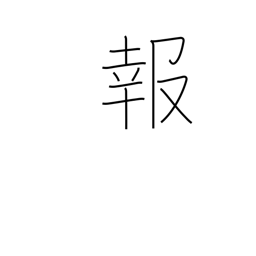
Meaning: news